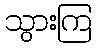
သွားကြ